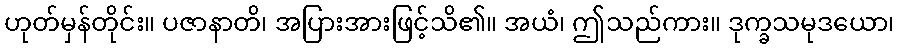
ဟုတ်မှန်တိုင်း။ ပဇာနာတိ၊ အပြားအားဖြင့်သိ၏။ အယံ၊ ဤသည်ကား။ ဒုက္ခသမုဒယော၊